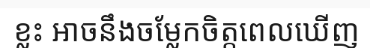
ខ្លះ អាចនឹងចម្លែកចិត្តពេលឃើញ